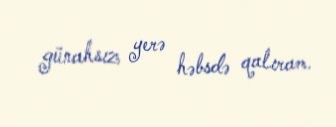
günahsız yerə həbsdə qalıram.